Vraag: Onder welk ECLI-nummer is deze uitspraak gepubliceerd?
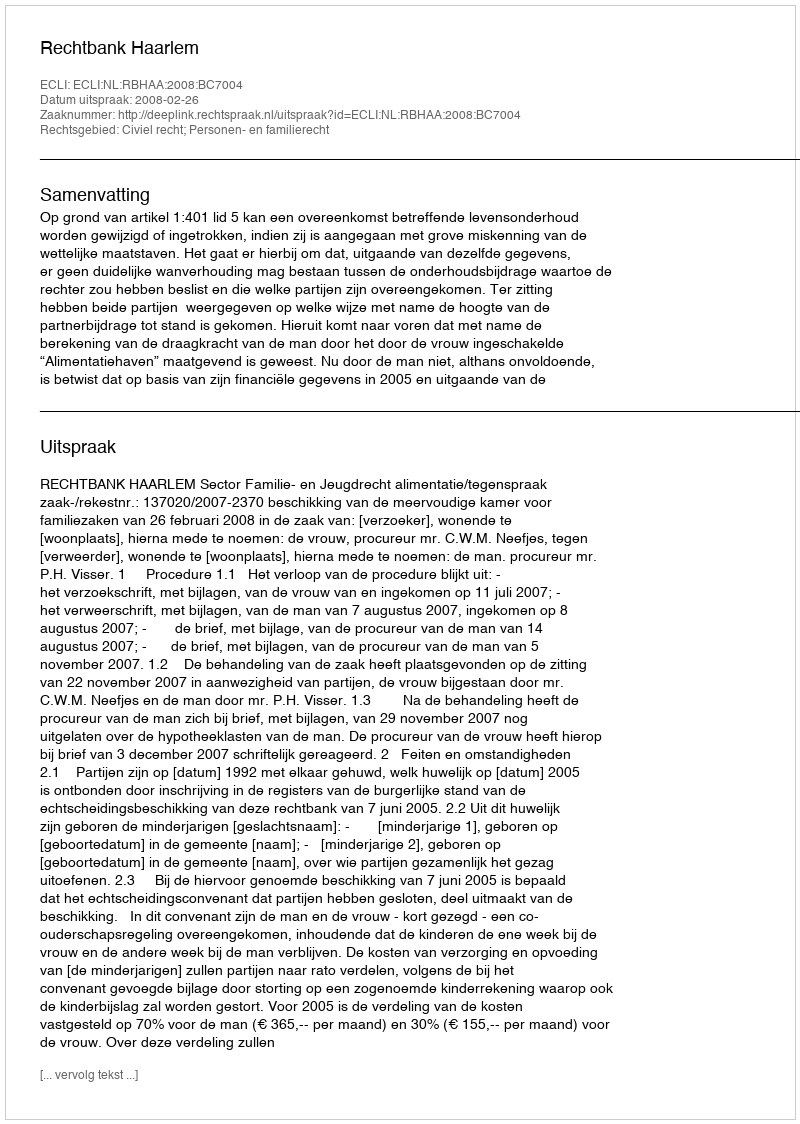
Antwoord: ECLI:NL:RBHAA:2008:BC7004